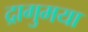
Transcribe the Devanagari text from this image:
द्रागुमया